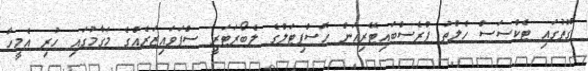
ގޮތުގައި ޓެކްސަސް ހެލްތު ޕްރެސްބައިޓޭރިއަން ހޮސްޕިޓަލްގެ ލެބޯރަޓަރީ ސްޕަވައިޒަރެއްގެ މަގާމުގައި ހުރި އެމީހާ